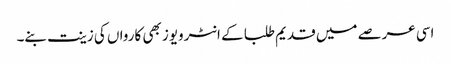
اسی عرصے میں قدیم طلبا کے انٹرویوز بھی کارواں کی زینت بنے۔